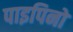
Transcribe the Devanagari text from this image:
पाइपिनो